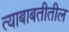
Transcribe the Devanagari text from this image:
त्याबाबतीतील